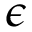
\epsilon